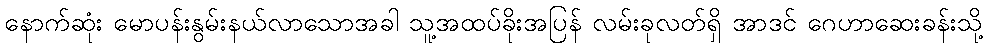
နောက်ဆုံး မောပန်းနွမ်းနယ်လာသောအခါ သူ့အထပ်ခိုးအပြန် လမ်းခုလတ်ရှိ အာဒင် ဂေဟာဆေးခန်းသို့